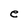
Character: e